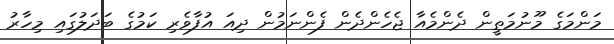
މަންމަގެ މޫނުމަތީން ދެންމެއާ ޖެހެންދެން ފެންނަމުން ދިއަ އުފާވެރި ކަމުގެ ބަދަލުގައި މިހާރު